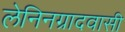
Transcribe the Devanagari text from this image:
लेनिनग्रादवासी